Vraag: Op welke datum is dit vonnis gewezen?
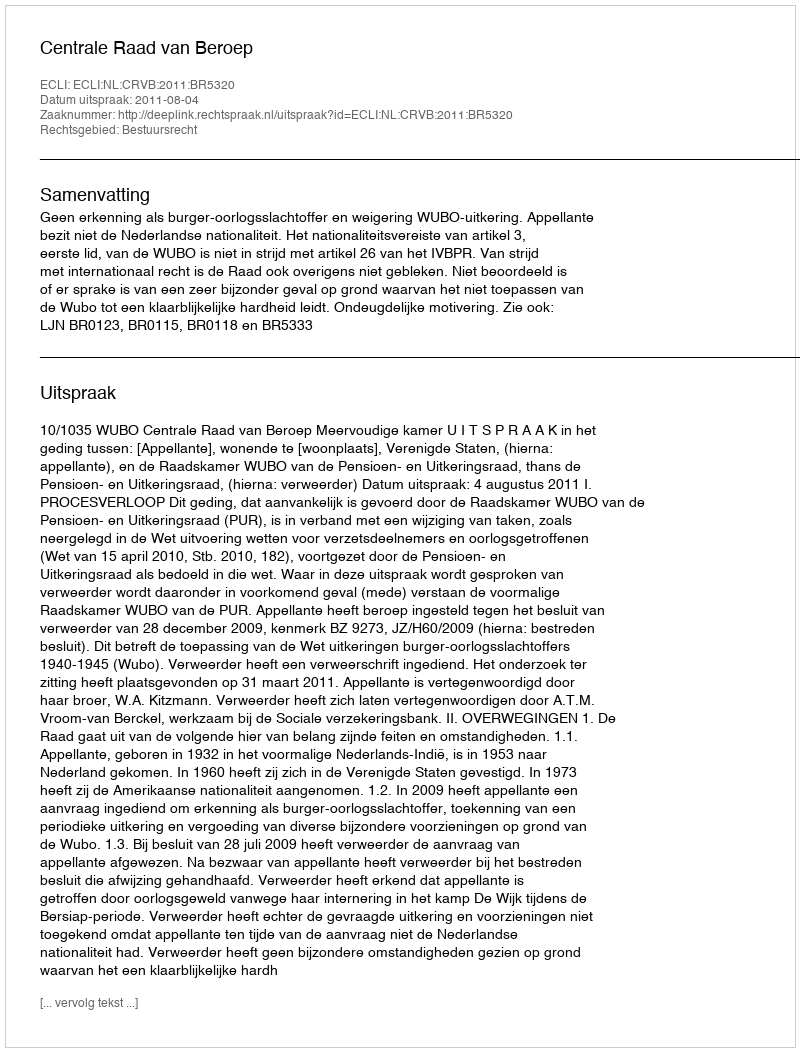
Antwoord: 2011-08-04